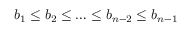
b _ { 1 } \leq b _ { 2 } \leq \ldots \leq b _ { n - 2 } \leq b _ { n - 1 }